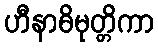
ဟီနာဓိမုတ္တိကာ